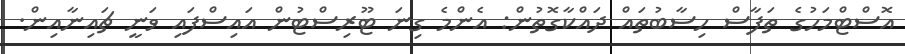
އޮސްޓްމަހުގެ ތަފާސް ހިސާބުތައް ދައްކާގޮތުން: އެންމެ ގިނަ ޓޫރިސްޓުން އައިސްފައި ވަނީ ޗައިނާއިން.